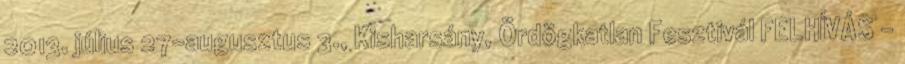
2013. július 27-augusztus 3., Kisharsány, Ördögkatlan Fesztivál FELHÍVÁS -